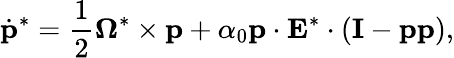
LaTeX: \dot{\mathbf{p}}^{*}=\frac{1}{2}\mathbf{\Omega}^{*}\times\mathbf{p}+\alpha_{0}\mathbf{p}\cdot\mathbf{E}^{*}\cdot(\mathbf{I}-\mathbf{p}\mathbf{p}),